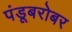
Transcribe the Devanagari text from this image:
पंडूबरोबर